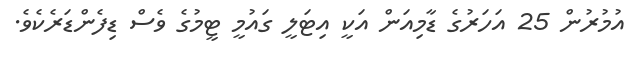
އުމުރުން 25 އަހަރުގެ ޑާމިއަން އަކީ އިޓަލީ ގައުމީ ޓީމުގެ ވެސް ޑިފެންޑަރެކެވެ.